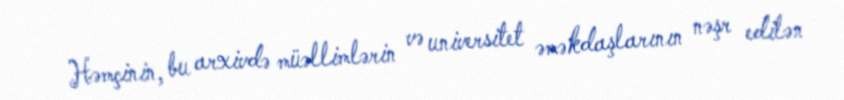
Həmçinin, bu arxivdə müəllimlərin və universitet əməkdaşlarının nəşr edilən